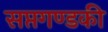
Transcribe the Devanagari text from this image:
सप्तगण्डकी